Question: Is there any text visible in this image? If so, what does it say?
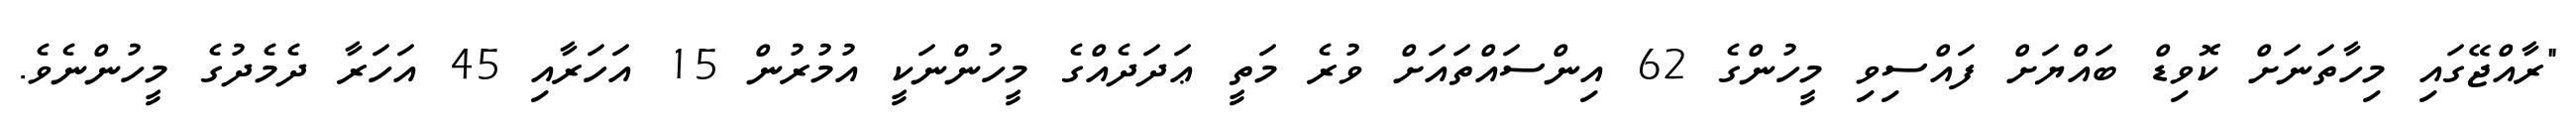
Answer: "ރާއްޖޭގައި މިހާތަނަށް ކޮވިޑް ބައްޔަށް ފައްސިވި މީހުންގެ 62 އިންސައްތައަށް ވުރެ މަތީ ޢަދަދެއްގެ މީހުންނަކީ އުމުރުން 15 އަހަރާއި 45 އަހަރާ ދެމެދުގެ މީހުންނެވެ.